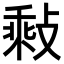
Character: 𢾽